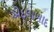
એદલાબાદ